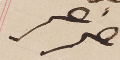
مزهر